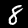
Label: 8